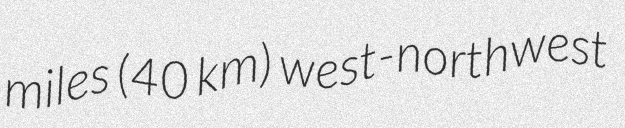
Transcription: miles (40 km) west-northwest